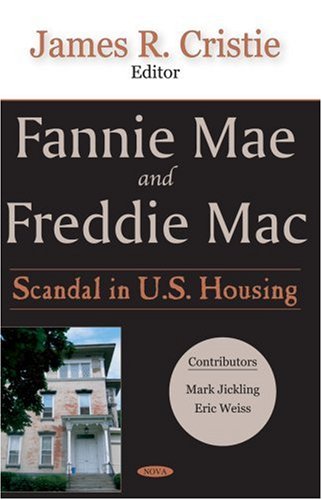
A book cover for Fannie Mae And Freddie MAC: Scandal in U.S. Housing; Law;